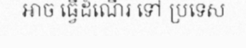
អាច ធ្វើដំណើរ ទៅ ប្រទេស